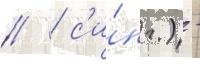
// / с'и́нг.) -